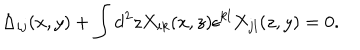
\Delta _ { i j } ( x , y ) + \int \mathrm { d } ^ { 2 } z X _ { i k } ( x , z ) \epsilon ^ { k l } X _ { j l } ( z , y ) = 0 .